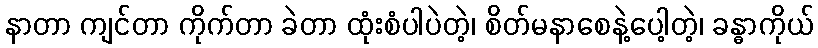
နာတာ ကျင်တာ ကိုက်တာ ခဲတာ ထုံးစံပါပဲတဲ့၊ စိတ်မနာစေနဲ့ပေါ့တဲ့၊ ခန္ဓာကိုယ်